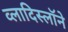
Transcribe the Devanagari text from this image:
व्लादिस्लॉने